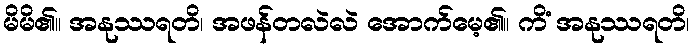
မိမိ၏။ အနုဿရတိ၊ အဖန်တလဲလဲ အောက်မေ့၏။ ကိံ အနုဿရတိ၊